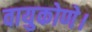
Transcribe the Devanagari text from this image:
वायुकोणे।